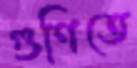
গুণিতে